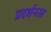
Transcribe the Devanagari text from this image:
प्रदर्शनरत